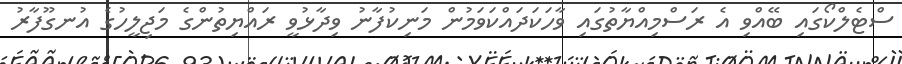
ސްޓެލްކޯގައި ބޭއްވި އެ ރަސްމިއްޔާތުގައި ވާހަކަދައްކަވަމުން މަނިކުފާނު ވިދާޅުވީ ރައްޔިތުންގެ މަޖިލީހުގެ އުނގޫފާރު